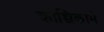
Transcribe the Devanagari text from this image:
कोच्चिकामे